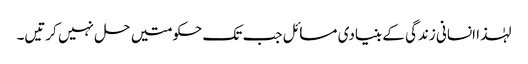
لہٰذا انسانی زندگی کے بنیادی مسائل جب تک حکومتیں حل نہیں کرتیں۔